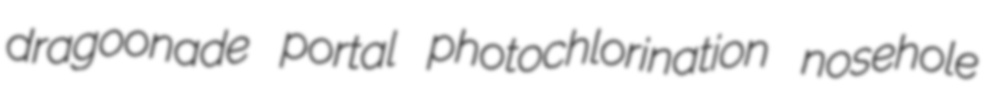
dragoonade portal photochlorination nosehole